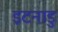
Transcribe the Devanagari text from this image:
इटनाडु